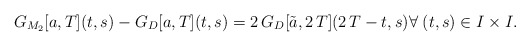
\begin{align*}G_{M_2}[a,T](t,s)-G_{D}[a,T](t,s)=2\, G_D[\tilde{a},2\,T](2\,T-t,s)\forall \; (t,s)\in I\times I.\end{align*}